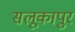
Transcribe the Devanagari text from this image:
सलूकापुर